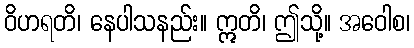
ဝိဟရတိ၊ နေပါသနည်း။ ဣတိ၊ ဤသို့။ အဝေါစ၊